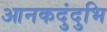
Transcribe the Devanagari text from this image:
आनकदुंदुभि